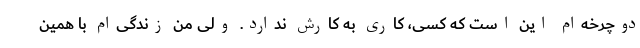
دوچرخه‌ام این است که کسی، کاری به کارش ندارد. ولی من زندگی‌ام با همین